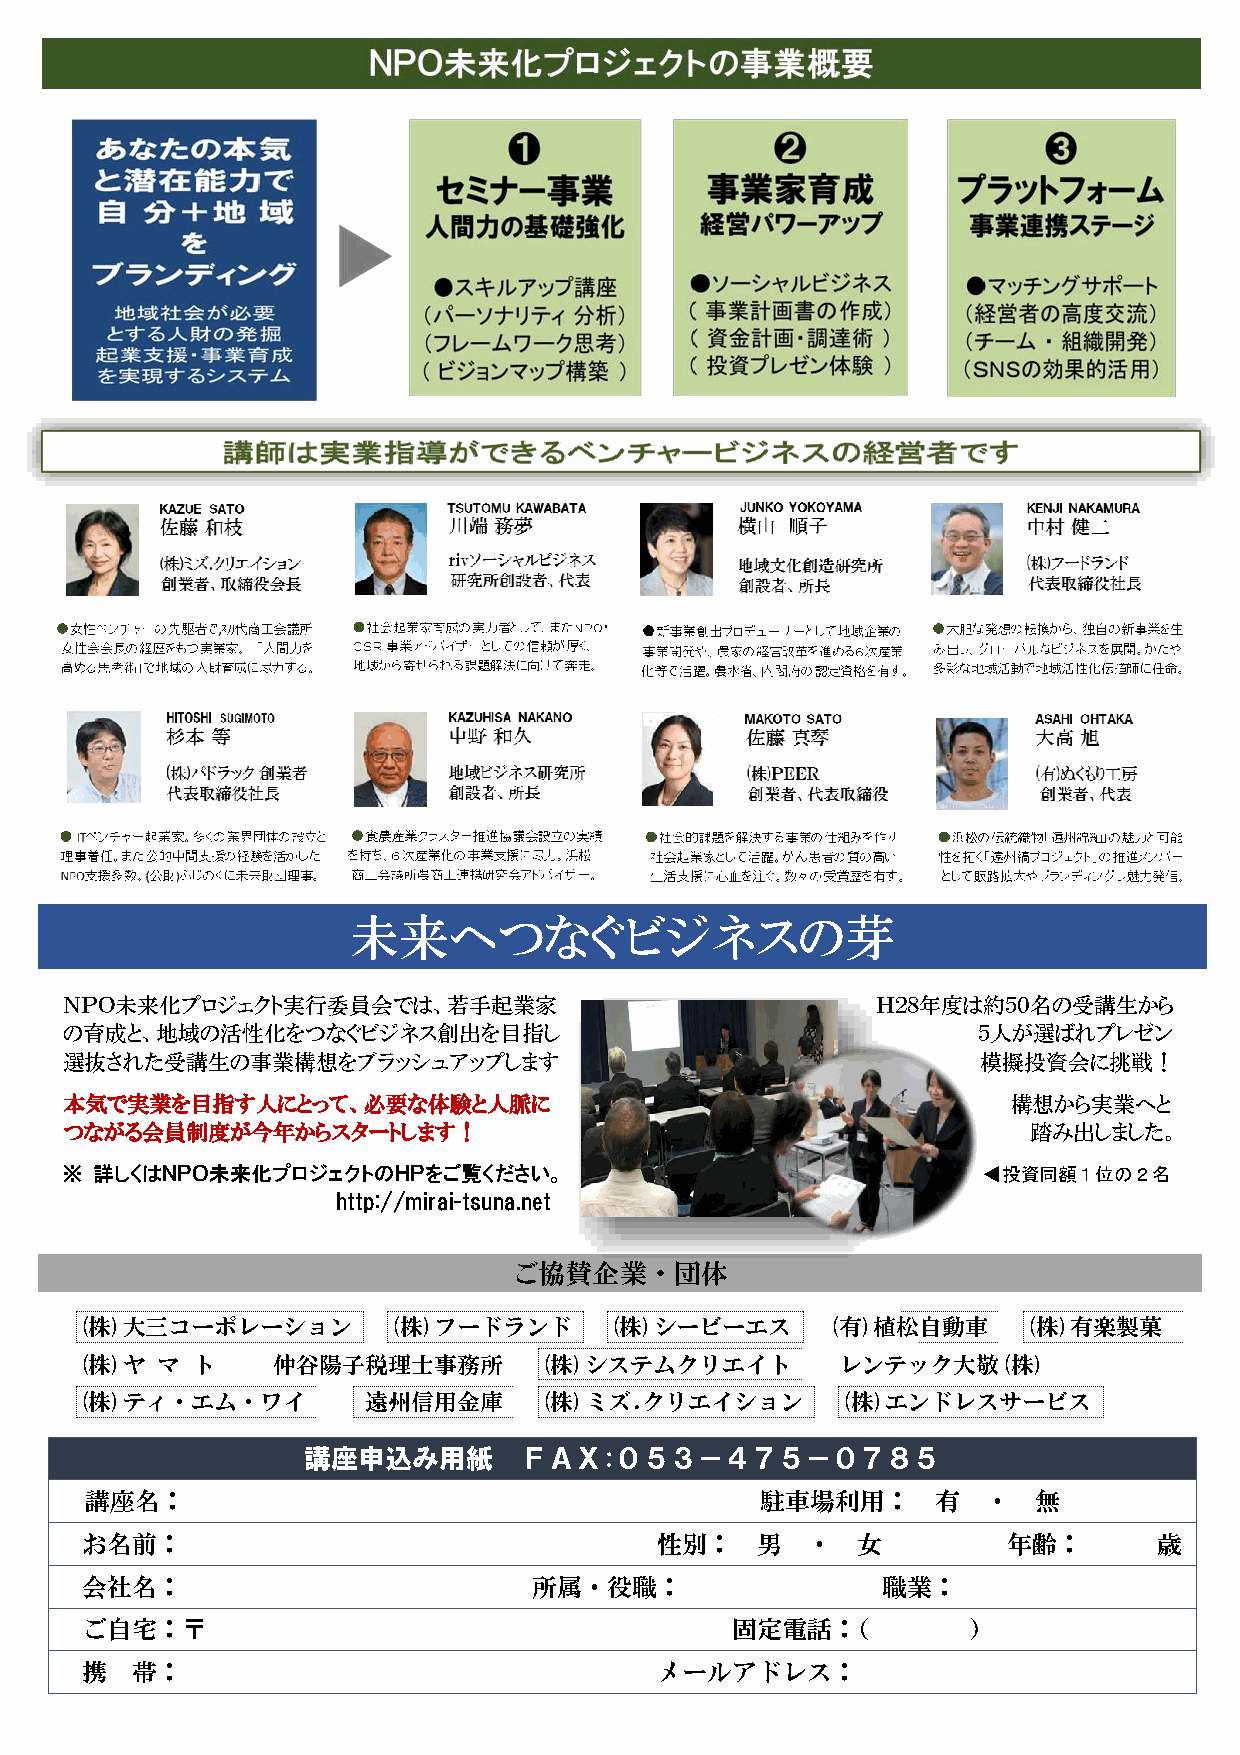
未来へつなぐビジネスの芽
 ＮＰＯ未来化プロジェクト実行委員会では、若手起業家                             Ｈ２８年度は約５０名の受講生から
 の育成と、地域の活性化をつなぐビジネス創出を目指し                                    ５人が選ばれプレゼン
 選抜された受講生の事業構想をブラッシュアップします                                    模擬投資会に挑戦！
 本気で実業を目指す人にとって、必要な体験と人脈に                                       構想から実業へと
 つながる会員制度が今年からスタートします！                                           踏み出しました。
 ※ 詳しくはＮＰＯ未来化プロジェクトのＨＰをご覧ください。                                ◀投資同額１位の２名
 http://mirai-tsuna.net
 ご協賛企業・団体
 (株)大三コーポレーション        (株)フードランド     (株)シービーエス      (有)植松自動車     (株)有楽製菓
 (株)ヤ マ  ト    仲谷陽子税理士事務所        (株)システムクリエイト        レンテック大敬(株)
 (株)ティ・エム・ワイ        遠州信用金庫      (株)ミズ.クリエイション       (株)エンドレスサービス
 講座申込み用紙       ＦＡＸ:０５３－４７５－０７８５
 講座名：                                        駐車場利用：      有  ・   無
 お名前：                                  性別：    男  ・   女         年齢：       歳
 会社名：                          所属・役職：                 職業：
 ご自宅：〒                                      固定電話：（          ）
 携   帯：                                メールアドレス：